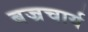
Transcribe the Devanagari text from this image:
बज्रचार्य